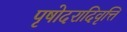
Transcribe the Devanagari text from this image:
पृषोदरादिवृत्ति